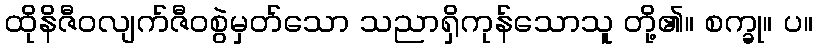
ထိုနိဇီဝလျက်ဇီဝစွဲမှတ်သော သညာရှိကုန်သောသူ တို့၏။ စက္ခု။ ပ။